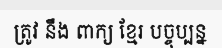
ត្រូវ នឹង ពាក្យ ខ្មែរ បច្ចុប្បន្ន